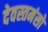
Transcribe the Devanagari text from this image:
देवस्तमंसो